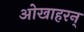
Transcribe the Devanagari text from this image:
ओखाहरन्